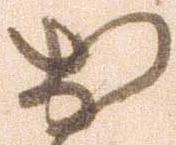
お